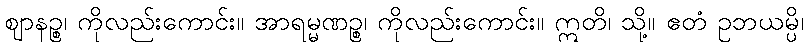
ဈာနဉ္စ၊ ကိုလည်းကောင်း။ အာရမ္မဏဉ္စ၊ ကိုလည်းကောင်း။ ဣတိ၊ သို့။ ဧတံ ဥဘယမ္ပိ၊